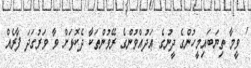
' ވީމާ ތިޔަބައިމީހުންގެ ދީނުގެ ޢަދުއްވުންގެ ރޭވުންތަކާ ދެކޮޅަށް ވާ ވަރުގަދަ ފާރެއް